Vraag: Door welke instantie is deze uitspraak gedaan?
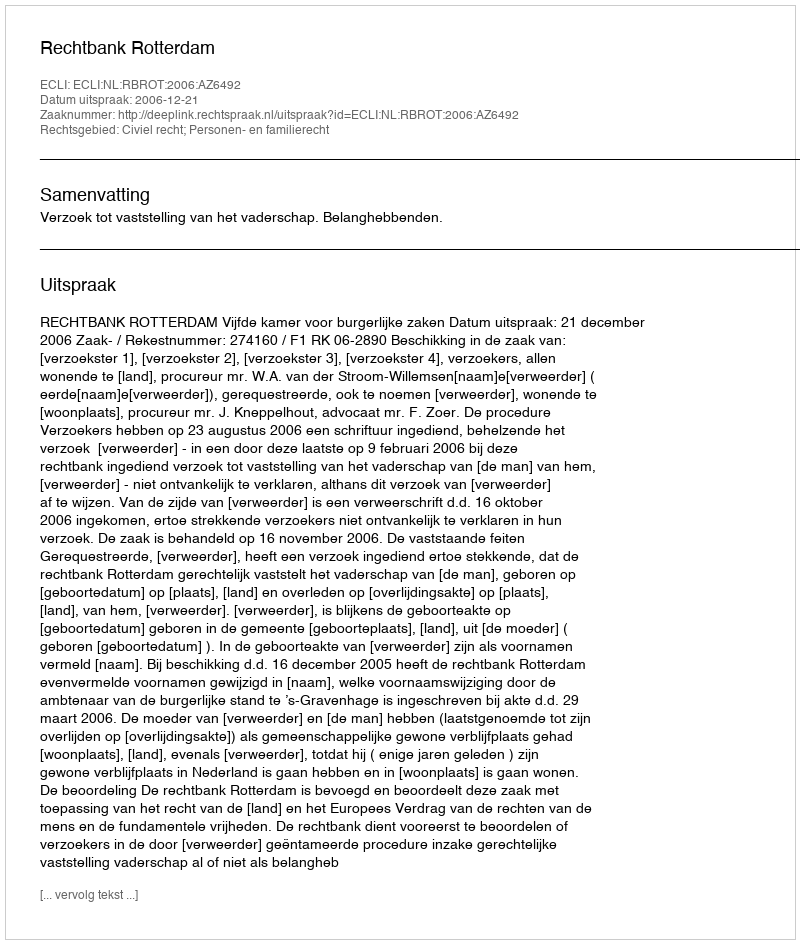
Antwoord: Rechtbank Rotterdam